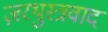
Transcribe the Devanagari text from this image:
ज़रथुस्त्रवाद